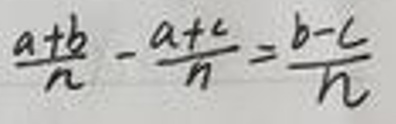
\[ \frac{a + b}{n} - \frac{a + c}{n} = \frac{b - c}{n} \]